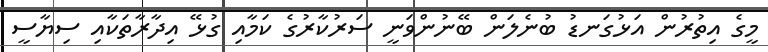
މީގެ އިތުރުން އަޅުގަނޑު ބުނެލަން ބޭނުންވަނީ ސަރުކާރުގެ ކަމާއި ގުޅޭ އިދާރާތަކާއި ސިޔާސީ